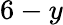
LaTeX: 6-y